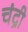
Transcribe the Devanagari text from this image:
चंद्री